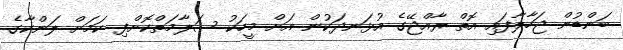
ބަންޑުން ޖަހާލާފައި އޮތް ރާއްޖޭގެ އުޅަނދަކުން އަށް މީހަކު ސަލާމަތްކޮށްފި ކަމަށް ލަންކާގެ